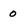
Character: 0